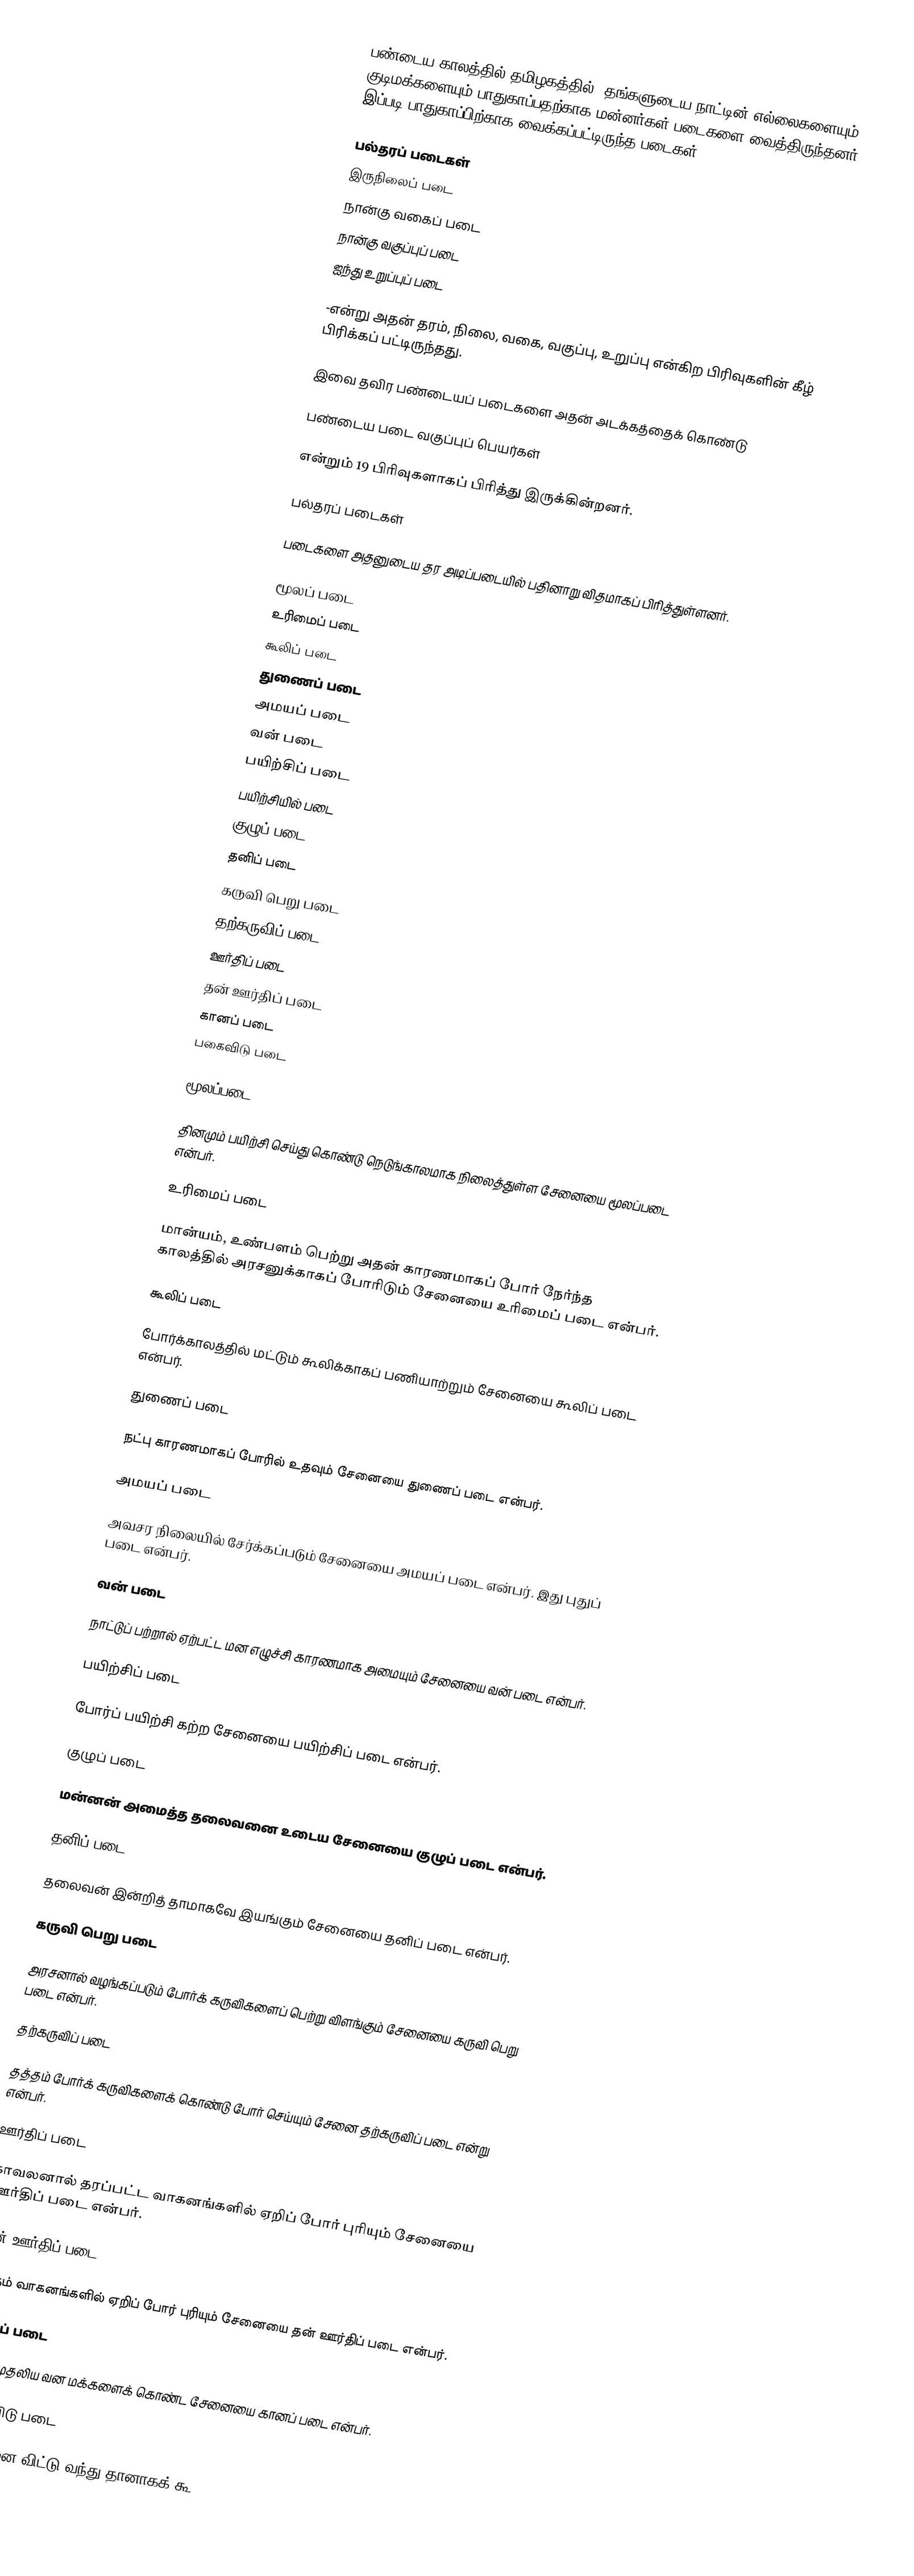
பண்டைய காலத்தில் தமிழகத்தில், தங்களுடைய நாட்டின் எல்லைகளையும் குடிமக்களையும் பாதுகாப்பதற்காக மன்னர்கள் படைகளை வைத்திருந்தனர். இப்படி பாதுகாப்பிற்காக வைக்கப்பட்டிருந்த படைகள்

பல்தரப் படைகள்
இருநிலைப் படை
நான்கு வகைப் படை
நான்கு வகுப்புப் படை
ஐந்து உறுப்புப் படை

-என்று அதன் தரம், நிலை, வகை, வகுப்பு, உறுப்பு என்கிற பிரிவுகளின் கீழ் பிரிக்கப் பட்டிருந்தது.

இவை தவிர பண்டையப் படைகளை அதன் அடக்கத்தைக் கொண்டு

 பண்டைய படை வகுப்புப் பெயர்கள்

என்றும் 19 பிரிவுகளாகப் பிரித்து இருக்கின்றனர்.

பல்தரப் படைகள்

படைகளை அதனுடைய தர அடிப்படையில் பதினாறு விதமாகப் பிரித்துள்ளனர்.

 மூலப் படை
உரிமைப் படை
கூலிப் படை
துணைப் படை
அமயப் படை
வன் படை
பயிற்சிப் படை
பயிற்சியில் படை
குழுப் படை
தனிப் படை
கருவி பெறு படை
தற்கருவிப் படை
ஊர்திப் படை
தன் ஊர்திப் படை
கானப் படை
பகைவிடு படை

மூலப்படை

தினமும் பயிற்சி செய்து கொண்டு நெடுங்காலமாக நிலைத்துள்ள சேனையை மூலப்படை என்பர்.

உரிமைப் படை

மான்யம், உண்பளம் பெற்று அதன் காரணமாகப் போர் நேர்ந்த காலத்தில் அரசனுக்காகப் போரிடும் சேனையை உரிமைப் படை என்பர்.

கூலிப் படை

போர்க்காலத்தில் மட்டும் கூலிக்காகப் பணியாற்றும் சேனையை கூலிப் படை என்பர்.

துணைப் படை

நட்பு காரணமாகப் போரில் உதவும் சேனையை துணைப் படை என்பர்.

அமயப் படை

அவசர நிலையில் சேர்க்கப்படும் சேனையை அமயப் படை என்பர். இது புதுப் படை என்பர்.

வன் படை

நாட்டுப் பற்றால் ஏற்பட்ட மன எழுச்சி காரணமாக அமையும் சேனையை வன் படை என்பர்.

பயிற்சிப் படை

போர்ப் பயிற்சி கற்ற சேனையை பயிற்சிப் படை என்பர்.

குழுப் படை

மன்னன் அமைத்த தலைவனை உடைய சேனையை குழுப் படை என்பர்.

தனிப் படை

தலைவன் இன்றித் தாமாகவே இயங்கும் சேனையை தனிப் படை என்பர்.

கருவி பெறு படை

அரசனால் வழங்கப்படும் போர்க் கருவிகளைப் பெற்று விளங்கும் சேனையை கருவி பெறு படை என்பர்.

தற்கருவிப் படை

தத்தம் போர்க் கருவிகளைக் கொண்டு போர் செய்யும் சேனை தற்கருவிப் படை என்று என்பர்.

ஊர்திப் படை

காவலனால் தரப்பட்ட வாகனங்களில் ஏறிப் போர் புரியும் சேனையை ஊர்திப் படை என்பர்.

தன் ஊர்திப் படை

தத்தம் வாகனங்களில் ஏறிப் போர் புரியும் சேனையை தன் ஊர்திப் படை என்பர்.

கானப் படை

வேடர் முதலிய வன மக்களைக் கொண்ட சேனையை கானப் படை என்பர்.

பகை விடு படை

பகைவனை விட்டு வந்து தானாகக் கூ